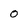
Character: O